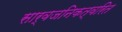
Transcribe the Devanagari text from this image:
सार्वजनिकत्वरित